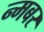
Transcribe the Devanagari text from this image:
न्मबर